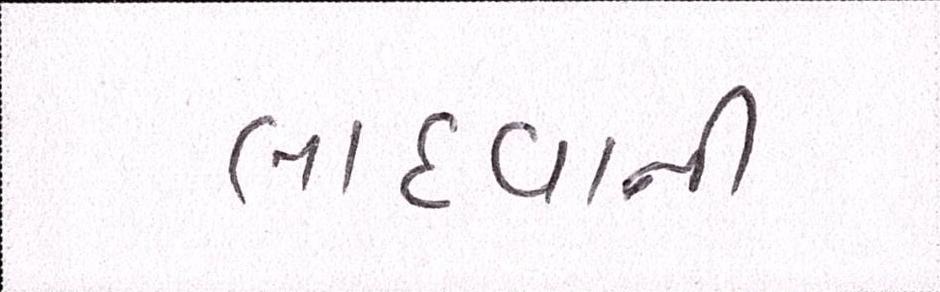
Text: લાદવાની